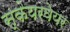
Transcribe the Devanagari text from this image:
स्केयरवेयर